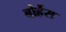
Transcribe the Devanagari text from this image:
बोर्हेस